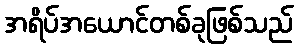
အရိပ်အယောင်တစ်ခုဖြစ်သည်